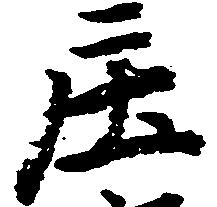
庄